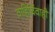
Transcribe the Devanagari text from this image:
वाहिर्विवाही